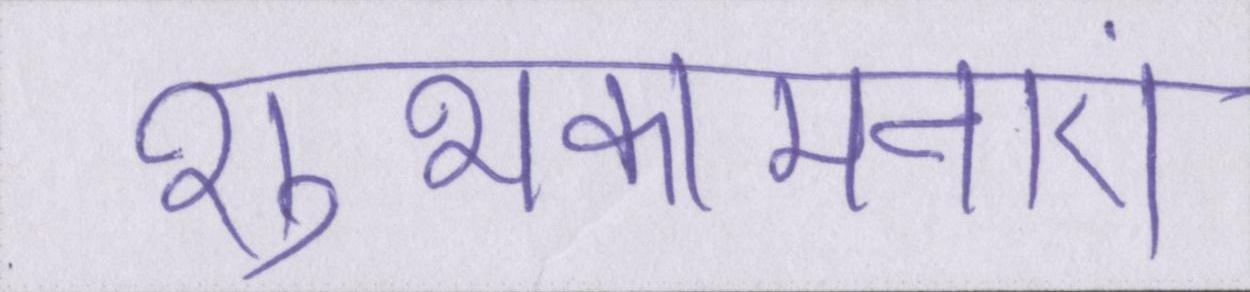
शुभकामनाएं